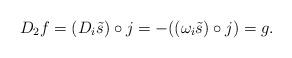
LaTeX: \begin{align*}D_2f = (D_i{\tilde s}) \circ j = - ((\omega_i{\tilde s}) \circ j) = g.\end{align*}